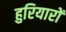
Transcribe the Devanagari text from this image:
हुरियारों